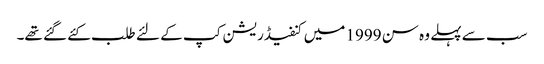
سب سے پہلے وہ سن 1999 میں کنفیڈریشن کپ کے لئے طلب کئے گئے تھے۔